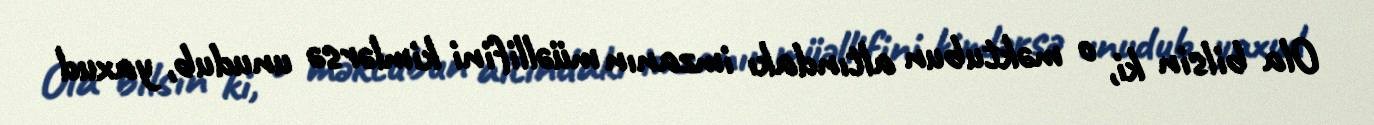
Ola bilsin ki, o məktubun altındakı imzanın müəllifini kimlərsə unudub, yaxud